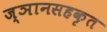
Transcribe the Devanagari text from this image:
ज्ञानसहकृत